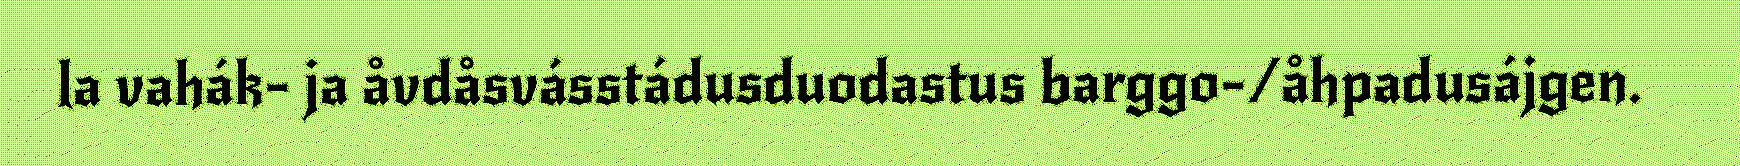
la vahák- ja åvdåsvásstádusduodastus barggo-/åhpadusájgen.